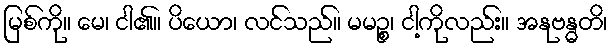
မြစ်ကို။ မေ၊ ငါ၏။ ပိယော၊ လင်သည်။ မမဉ္စ၊ ငါ့ကိုလည်း။ အနုဗန္ဓတိ၊